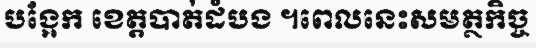
បង្អែក ខេត្តបាត់ដំបង ។ពេលនេះសមត្ថកិច្ច